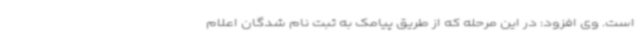
است. وی افزود: در این مرحله که از طریق پیامک به ثبت نام شدگان اعلام